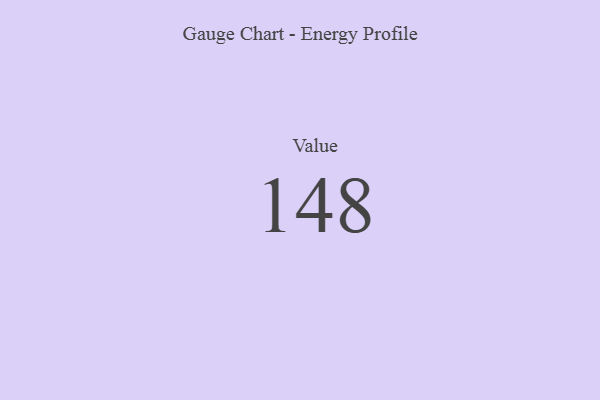
{"axis": {"x": "Metric", "y": "Value"}, "legend": [""], "data": [{"x": "Value", "y": 148, "type": ""}]}